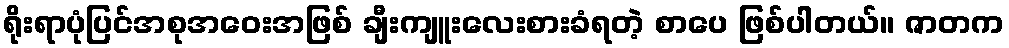
ရိုးရာပုံပြင်အစုအဝေးအဖြစ် ချီးကျူးလေးစားခံရတဲ့ စာပေ ဖြစ်ပါတယ်။ ဇာတက